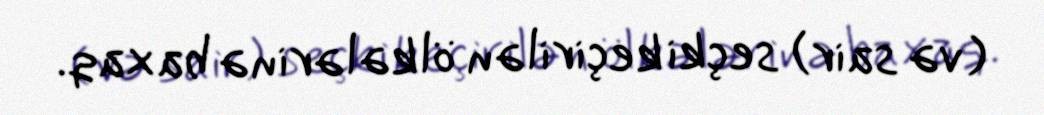
(və sair) seçki keçirilən ölkələrinə baxaq.